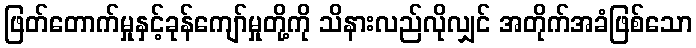
ဖြတ်တောက်မှုနှင့်ခုန်ကျော်မှုတို့ကို သိနားလည်လိုလျှင် အတိုက်အခံဖြစ်သော